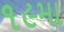
૧૯મા